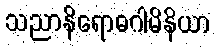
သညာနိရောဓဂါမိနိယာ